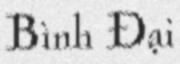
Bình Đại